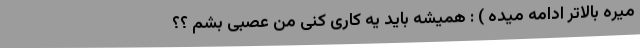
ميره بالاتر ادامه ميده ) : هميشه بايد يه كارى كنى من عصبى بشم ؟؟